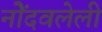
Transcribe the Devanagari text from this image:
नोेंदवलेली